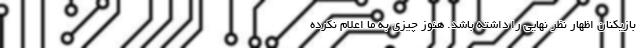
بازیکنان اظهار نظر نهایی را داشته باشد. هنوز چیزی به ما اعلام نکرده